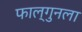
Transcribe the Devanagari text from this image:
फाल्गुनला